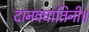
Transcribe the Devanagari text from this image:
दानवघातिनी॥